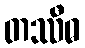
တဿီဓ